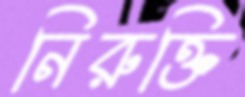
নিরুক্তি